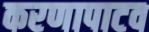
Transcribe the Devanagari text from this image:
करणापाटव